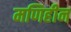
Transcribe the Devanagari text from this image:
मणिहीन